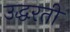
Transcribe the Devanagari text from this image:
उद्धरती